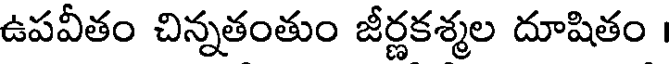
ఉపవీతం చిన్నతంతుం జీర్ణకశ్మల దూషితం ।